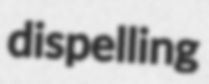
dispelling